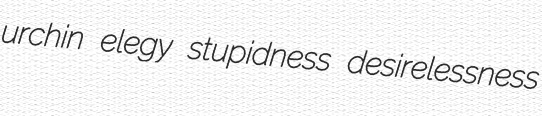
urchin elegy stupidness desirelessness